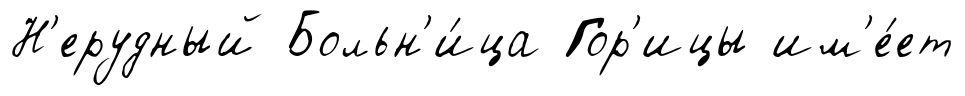
Н'ерудный Больн'и́ца Гор'ицы им'е́ет